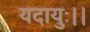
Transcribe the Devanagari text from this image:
यदायुः।।